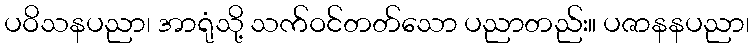
ပဝိသနပညာ၊ အာရုံသို့ သက်ဝင်တတ်သော ပညာတည်း။ ပဇာနနပညာ၊